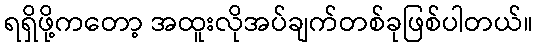
ရရှိဖို့ကတော့ အထူးလိုအပ်ချက်တစ်ခုဖြစ်ပါတယ်။